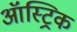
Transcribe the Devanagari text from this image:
ऑस्ट्रिक